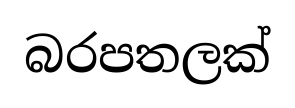
බරපතලක්